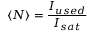
\langle N \rangle = \frac { I _ { u s e d } } { I _ { s a t } }